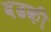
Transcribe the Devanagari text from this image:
वढकी